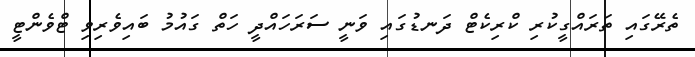
ތެރޭގައި ތަރައްގީކުރި ކްރިކެޓް ދަނޑުގައި ވަނީ ސަރަހައްދީ ހަތް ގައުމު ބައިވެރިވި ޓްވެންޓީ